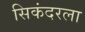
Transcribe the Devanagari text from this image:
सिकंदरला